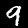
Label: 9